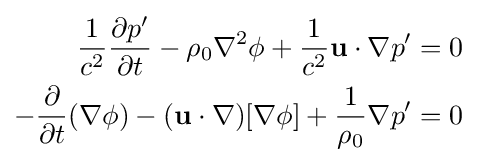
{\begin{aligned}{\frac {1}{c^{2}}}{\frac {\partial p'}{\partial t}}-\rho _{0}\nabla ^{2}\phi +{\frac {1}{c^{2}}}\mathbf {u} \cdot \nabla p'&=0\\-{\frac {\partial }{\partial t}}(\nabla \phi )-(\mathbf {u} \cdot \nabla )[\nabla \phi ]+{\frac {1}{\rho _{0}}}\nabla p'&=0\end{aligned}}